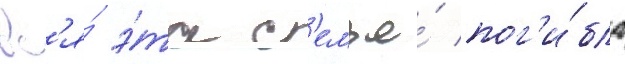
вс'я́ э́та с'емья́ пог'и́бла